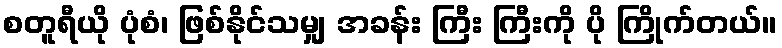
စတူရီယို ပုံစံ၊ ဖြစ်နိုင်သမျှ အခန်း ကြီး ကြီးကို ပို ကြိုက်တယ်။